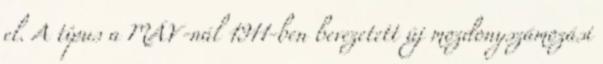
el. A típus a MÁV-nál 1911-ben bevezetett új mozdonyszámozási